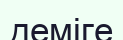
деміге